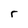
Character: r